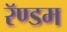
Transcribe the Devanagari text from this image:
रॅण्डम